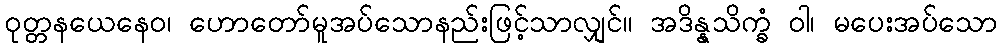
ဝုတ္တနယေနေဝ၊ ဟောတော်မူအပ်သောနည်းဖြင့်သာလျှင်။ အဒိန္နသိက္ခံ ဝါ၊ မပေးအပ်သော